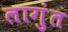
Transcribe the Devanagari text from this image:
लागुंत